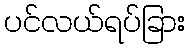
ပင်လယ်ရပ်ခြား